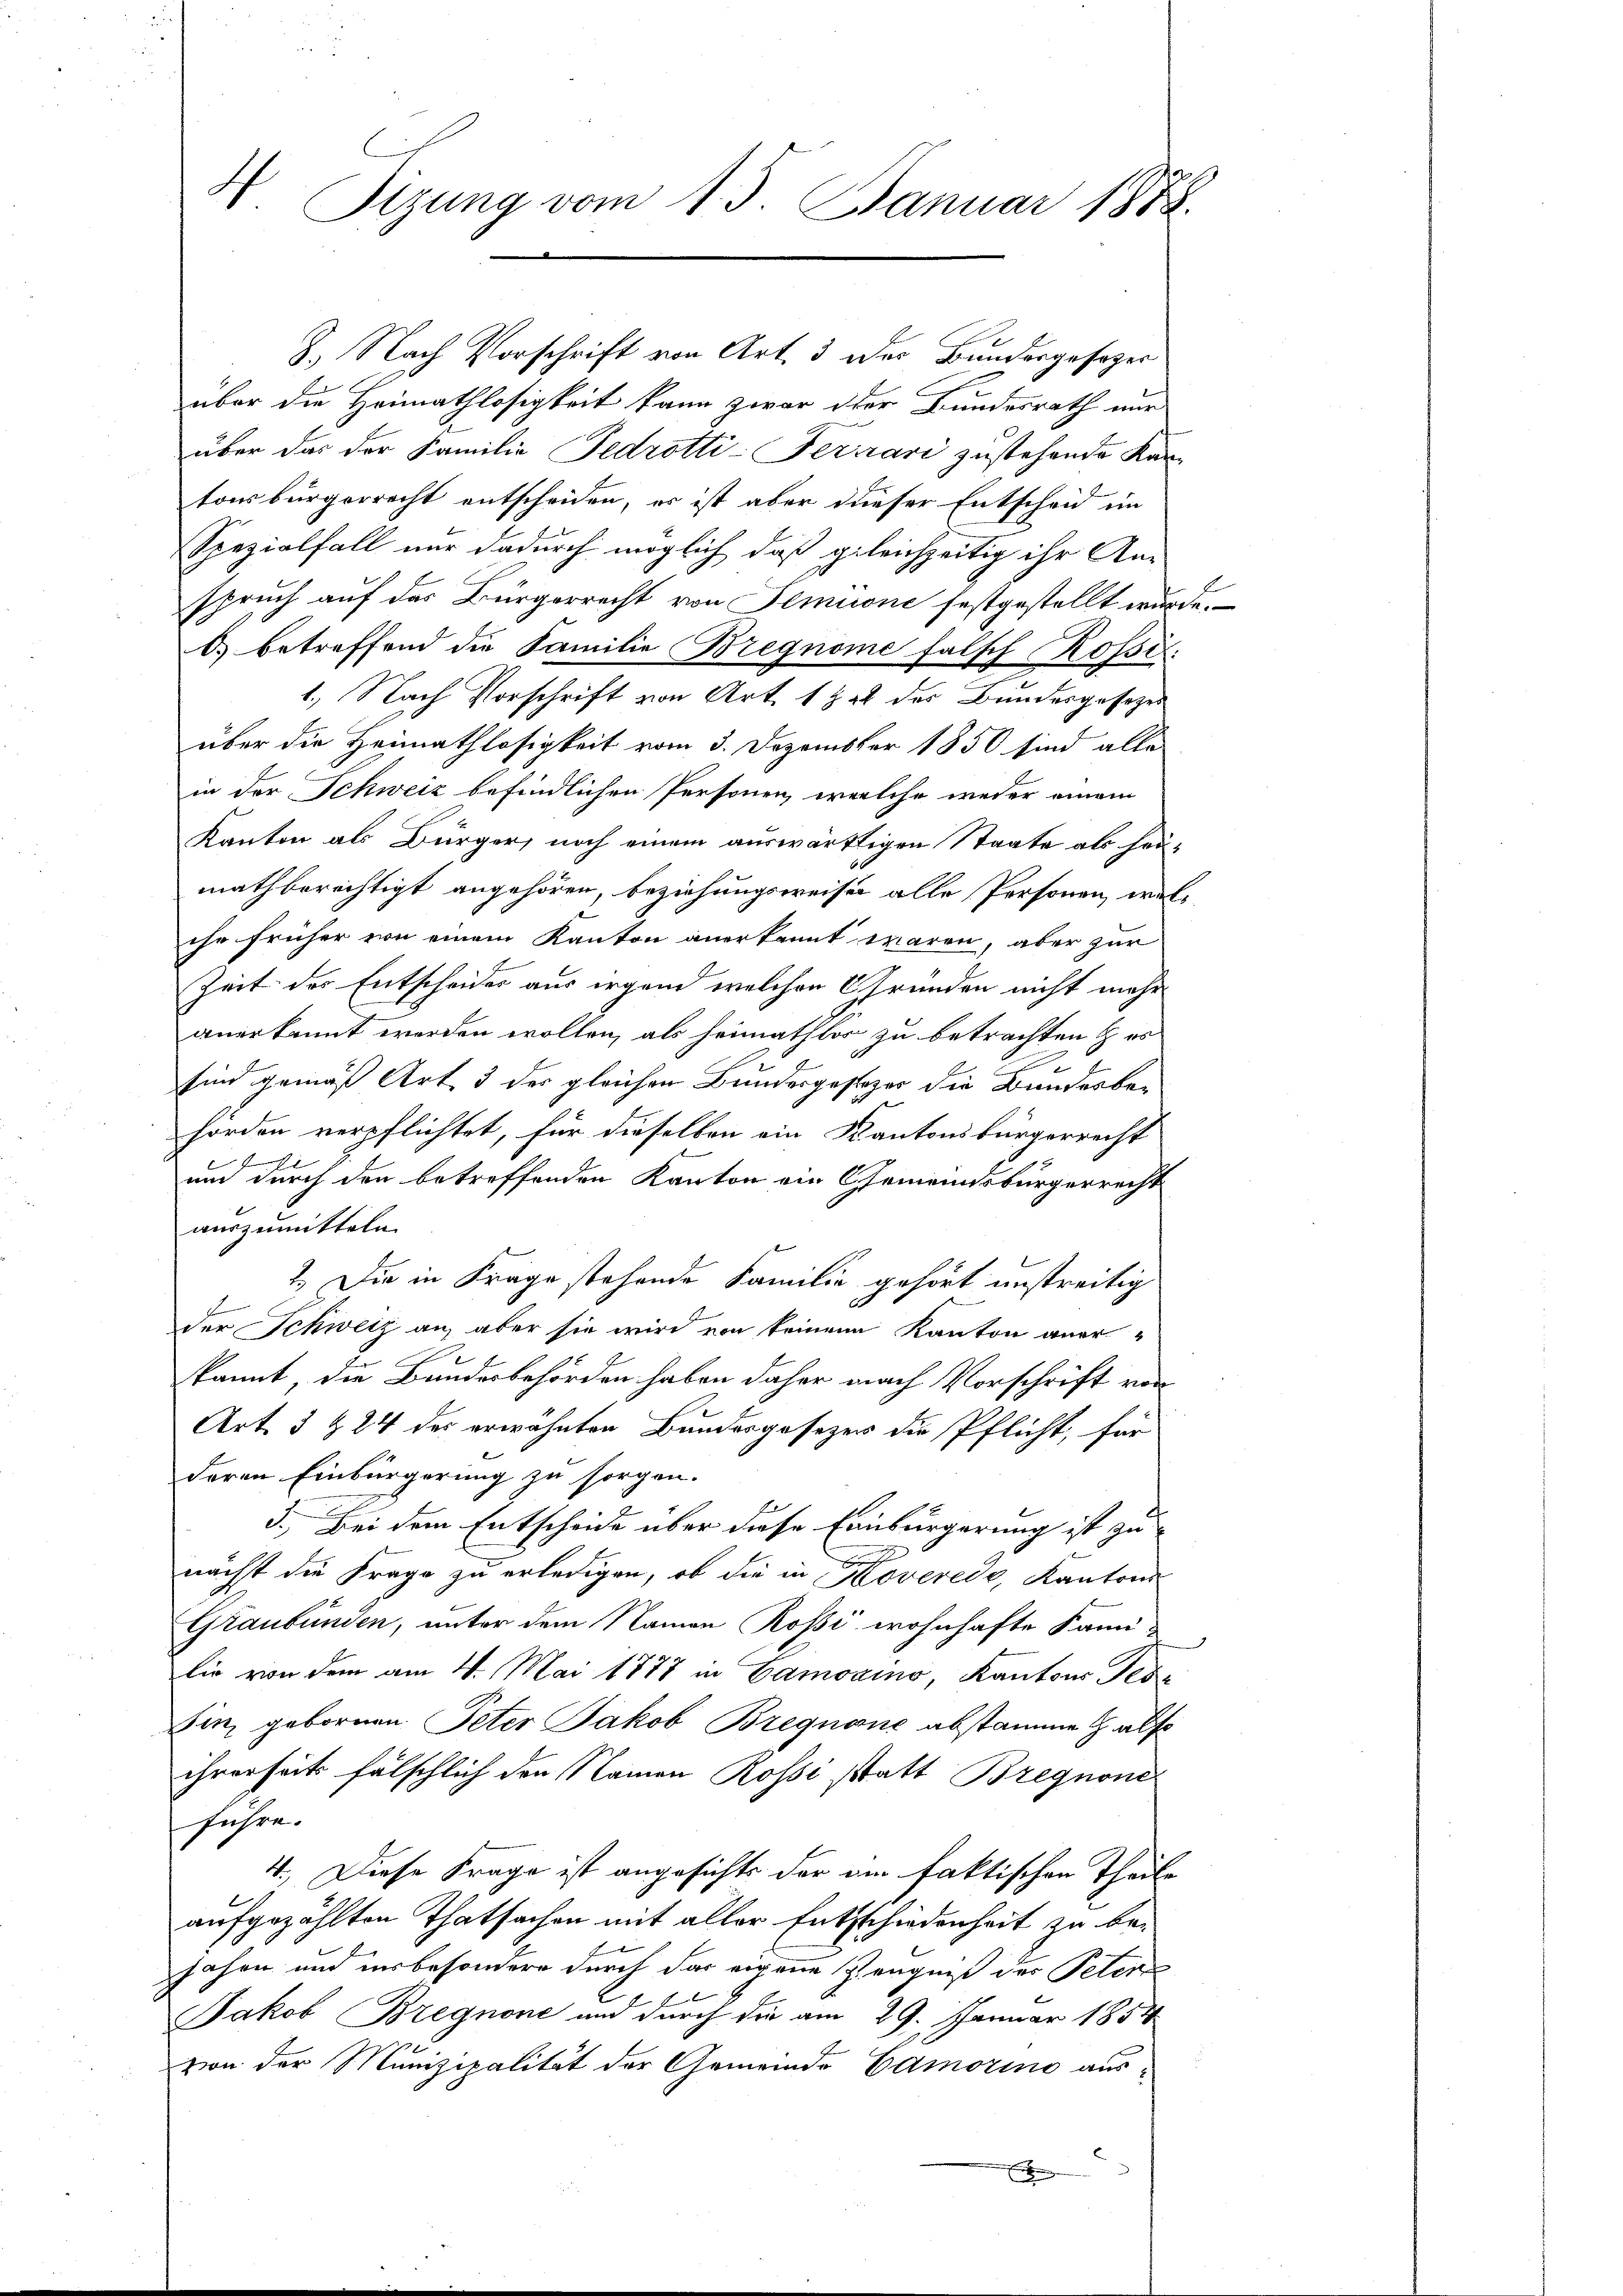
N Sizung vom 15. Januar 1888.

über die Heimathlosigkeit kann zwar oder Bundesrath nur
über das der Familie Fedrotti-Terrari zustehende Kan-
tonsbürgerrecht entscheiden, es ist aber dieser Entscheid im
Spezialfall nur dadurch möglich, daß gleichzeitig ihr An-
spruch auf das Bürgerrecht von Semione festgestellt wurde.
d) betreffend die Familie Bregnome falsch Rossi
1.) Nach Vorschrift von Art. 1 zu des Bundesgesetzes
über die Heimathlosigkeit vom 3. Dezemster 1850 sind alle
in der Schweiz befindlichen Personen, welche weder einem
Kanton als Bürger, noch einem auswärtigen Staate als heumathberechtigt angehören, beziehungsweise alle Personen, welihr früher von einem Kanton anerkannt waren, aber zur
Zeit der Entscheider aus irgend welchen Gründen nicht mehr
anerkannt werden wollen, als heimathlos zu betrachten & es
e
sind gemäß Art 3 der gleichen Bundesgesezer die Bundesbehorden verpflichtet, für dieselben ein Kantonsbürgerrecht
t
un durch den betreffenden Kanton ein Gemeindsbürgerrecht
auszumitteln.
2.) Die in Frage stehende Familie gehört unstreitig
f
der Schweiz an, aber sie wird von keinem Kanton aner-
kannt die Bundesbehörden haben daher nach Vorschrift von
Art. 3 & 24 des erwähnten Bundesgesezer die Pflicht, für
deren Einbürgerung zu sorgen.
3.) Bei dem Entscheide über diese Einbürgerung ist zu
nächst die Frage zu erledigen, ob die in Koveredo, Kantons
Graubünden, unter dem Namen Rosi wohnhafte Fami-
lie von dem am 4. Mai 1878 in Camoaino, Kantons Tes
Ein gebornen Peter Jakob Bregnaue abstamme halte
ihrerseits fälschlich den Namen Rossi statt Bregnone
fahre.
4. Diese Frage ist angesichts der am faktischen Theile
aufgezählten Thatsachen mit aller Entschiedenheit zu bejahen und insbesondere durch das eigene Zeugniß des Peten
Jakob Bregnone und durch die am 29. Januar 1854
von der Munizipalität der Gemeinde Camorino aus-
E

8. Nach Vorschrift von Art. 3 des Bundesgesezes